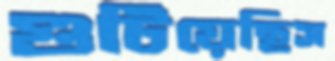
গুটিয়েছিস